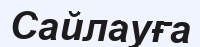
Сайлауға